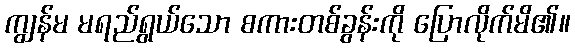
ကျွန်မ မရည်ရွယ်သော စကားတစ်ခွန်းကို ပြောလိုက်မိ၏။